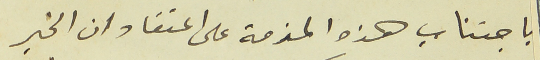
باجتناب هذه المذمة على اعتقاد ان الخبر